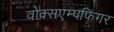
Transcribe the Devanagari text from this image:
वोक्सएम्पफिंगर